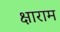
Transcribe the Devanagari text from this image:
क्षाराम